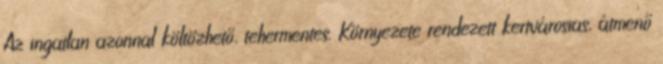
Az ingatlan azonnal költözhető, tehermentes. Környezete rendezett kertvárosias, átmenő